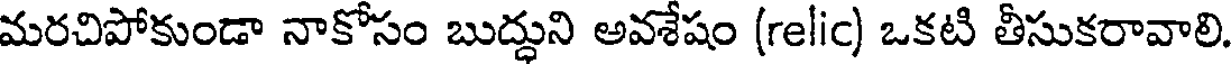
మరచిపోకుండా నాకోసం బుద్ధుని అవశేషం (relic) ఒకటి తీసుకరావాలి